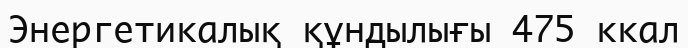
Энергетикалық құндылығы 475 ккал